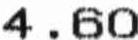
4.60